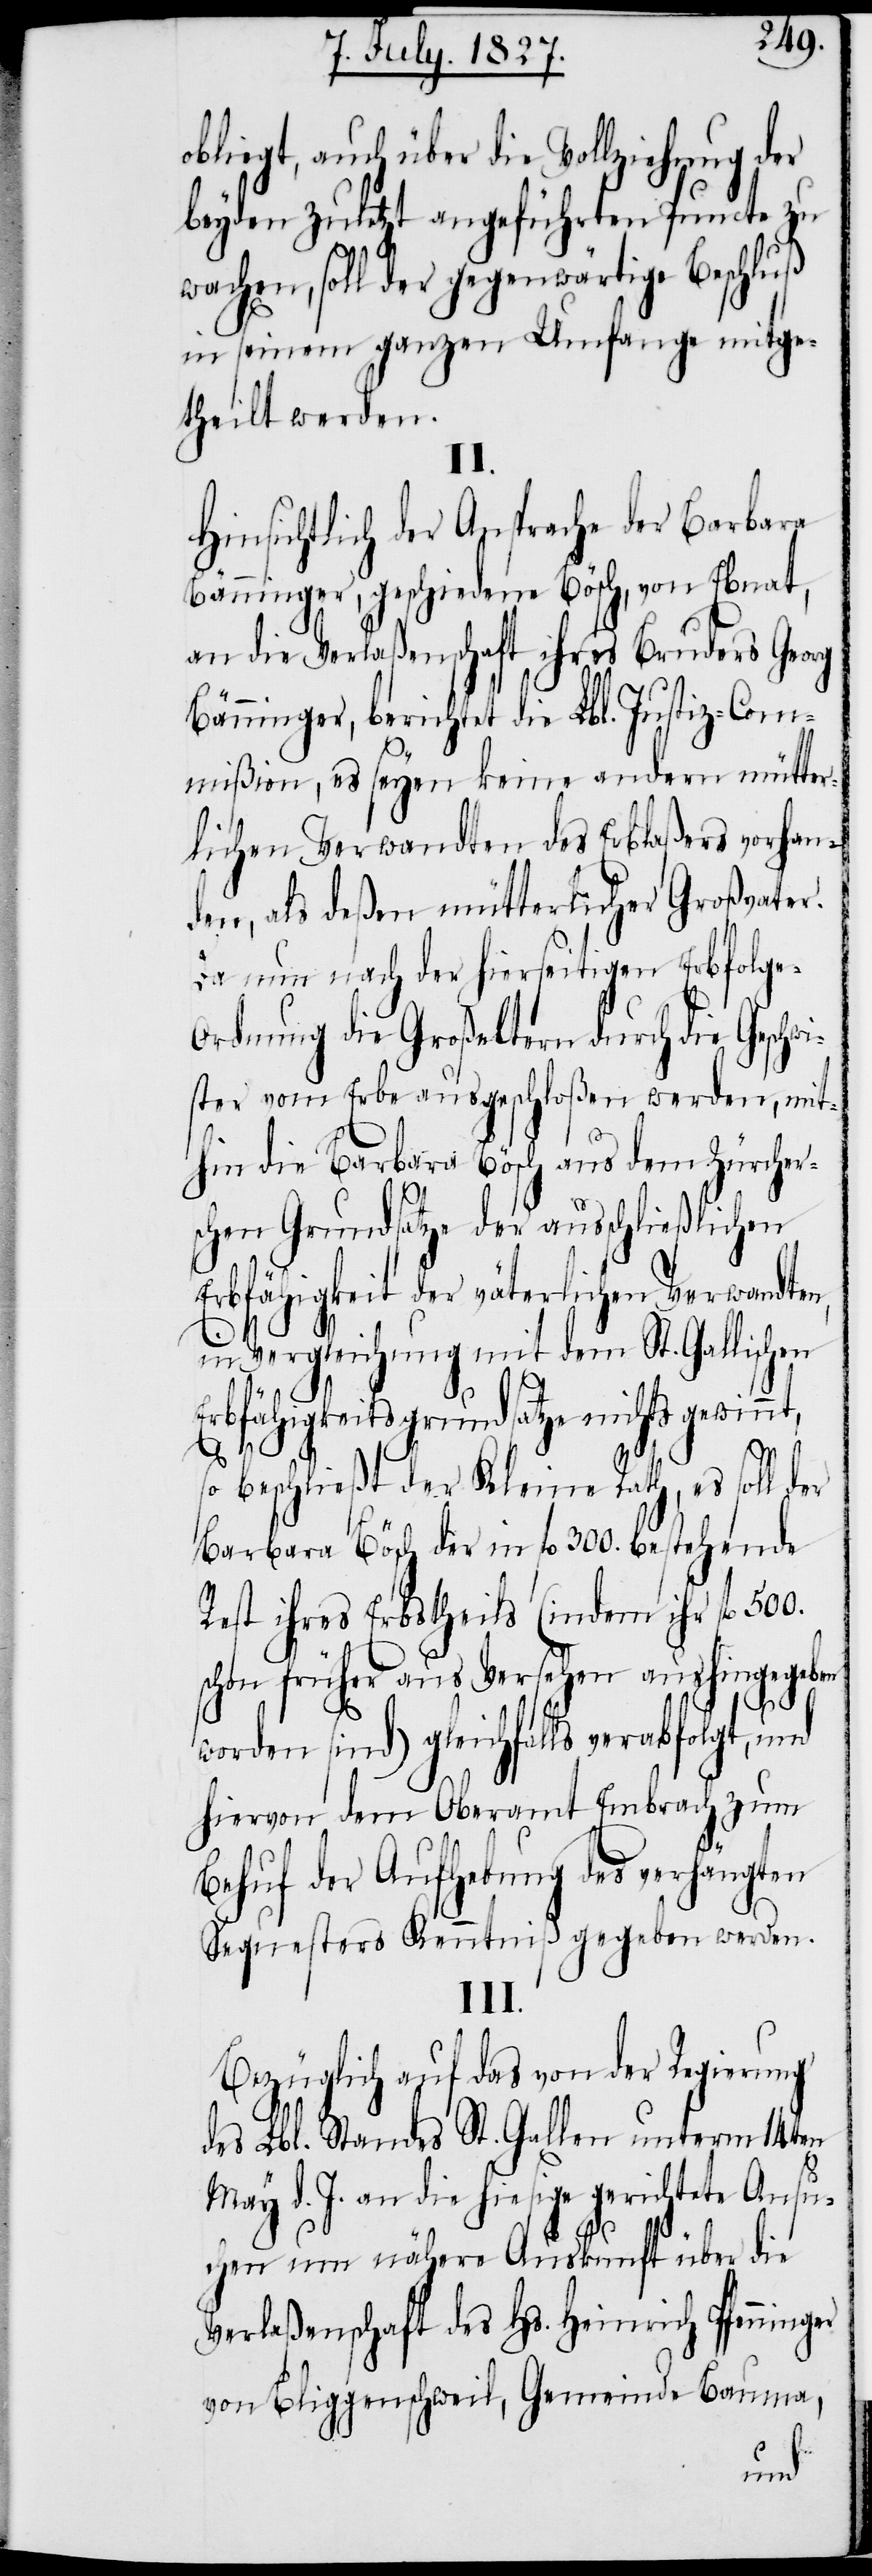
auch über die Vollziehung der
beyden zuletzt angeführten Puncte zu
wachen, soll der gegenwärtige Beschluß
in seinem ganzen Umfange mitge¬
theilt werden.
II.
Hinsichtlich der Ansprache der Barbara
Bänninger, geschiedene Bösch, von Ebnat,
an die Verlaßenschaft ihres Bruders Georg
Bänninger, berichtet die Lbl. Justiz-Com¬
mißion, es seyen keine andern mütter¬
lichen Verwandten des Erblaßers vorhan¬
den, als deßen mütterlicher Großvater.
Da nun nach der hierseitigen Erbfolge-O¬
rdnung die Großeltern durch die Geschwi¬
ster vom Erbe ausgeschloßen werden, mit¬
hin die Barbara Bösch aus dem Zürcher¬
schen Grundsatze der ausschließlichen
Erbfähigkeit der väterlichen Verwandten,
in Vergleichung mit dem St. Gallischen
Erbfähigkeitsgrundsatze nichts gewinn¬
t,
so beschließt der Kleine Rath, es soll der
Barbara Bösch der in fl. 300. bestehende
Rest ihres Erbstheils (indem ihr fl. 500.
schon früher aus Versehen aushingegeben
worden sind) gleichfalls verabfolgt, und
hiervon dem Oberamt Embrach zum
Behuf der Aufhebung des verhängten
Sequesters Kenntniß gegeben werden.
III.
Bezüglich auf das von der Regierung
Lbl. Standes St. Gallen unterm 14ten
May d. J. an die hiesige gerichtete Ansu¬
chen um nähere Auskunft über die
Verlaßenschaft des Hs. Heinrich Pfenninger
von Bliggenschweil, Gemeinde Bauma,